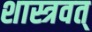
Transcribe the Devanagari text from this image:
शास्त्रवत्‌